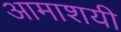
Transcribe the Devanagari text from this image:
आमाशयी